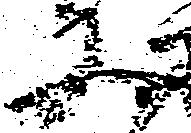
又